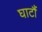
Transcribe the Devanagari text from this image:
घाटौं